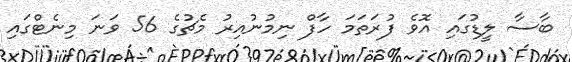
ބާސާ ލީޑުގައި އޮވެ ފުރަތަމަ ހާފް ނިމުނުއިރު މެޗުގެ 56 ވަނަ މިނެޓްގައި